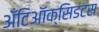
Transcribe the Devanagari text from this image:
अँटिऑक्सिडंटस